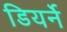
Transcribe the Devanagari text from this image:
डियर्ने